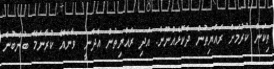
ތިކަން ކުރުމަށް ރައްޔިތުން ދެކޮޅެއްނޫން. އަދި ރައްޔިތުން އެދެނީ "ވާނެއޭ ކުރާނަމޭ ބުނެބުނެ